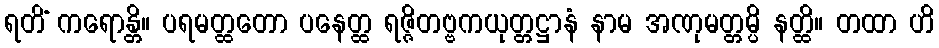
ရတိံ ကရောန္တိ။ ပရမတ္ထတော ပနေတ္ထ ရဇ္ဇိတဗ္ဗကယုတ္တဋ္ဌာနံ နာမ အဏုမတ္တမ္ပိ နတ္ထိ။ တထာ ဟိ